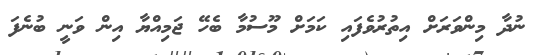
ނުދާ މިންވަރަށް އިތުރުވެފައި ކަމަށް މޫސުމާ ބެހޭ ޖަމިއްޔާ އިން ވަނީ ބުނެފަ